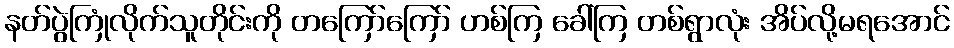
နတ်ပွဲကြုံလိုက်သူတိုင်းကို တကြော်ကြော် ဟစ်ကြ ခေါ်ကြ တစ်ရွာလုံး အိပ်လို့မရအောင်